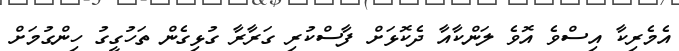
އެމެރިކާ އިސްވެ އޮވެ ލަންކާއާ ދެކޮޅަށް ފާސްކުރި ގަރާރާ ގުޅިގެން ތަހުގީގުު ހިންގުމަށް